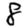
Digit: 8